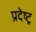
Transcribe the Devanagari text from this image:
प्रदेष्ट्र